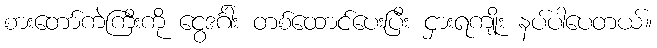
စားတော်ကဲကြီးကို ငွေဒင်္ဂါး တစ်ထောင်ပေးပြီး ငှားရကျိုး နပ်ပါပေတယ်။